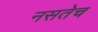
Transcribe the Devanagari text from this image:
नसतेच